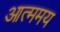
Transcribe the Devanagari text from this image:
आत्ममय